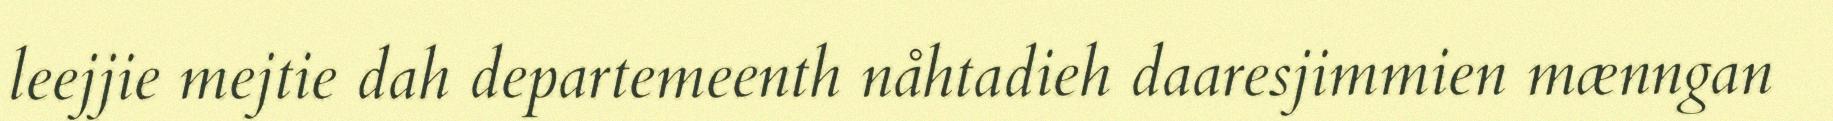
leejjie mejtie dah departemeenth nåhtadieh daaresjimmien mænngan